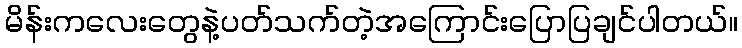
မိန်းကလေးတွေနဲ့ပတ်သက်တဲ့အကြောင်းပြောပြချင်ပါတယ်။